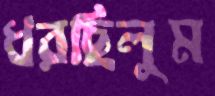
ধরছিলুম